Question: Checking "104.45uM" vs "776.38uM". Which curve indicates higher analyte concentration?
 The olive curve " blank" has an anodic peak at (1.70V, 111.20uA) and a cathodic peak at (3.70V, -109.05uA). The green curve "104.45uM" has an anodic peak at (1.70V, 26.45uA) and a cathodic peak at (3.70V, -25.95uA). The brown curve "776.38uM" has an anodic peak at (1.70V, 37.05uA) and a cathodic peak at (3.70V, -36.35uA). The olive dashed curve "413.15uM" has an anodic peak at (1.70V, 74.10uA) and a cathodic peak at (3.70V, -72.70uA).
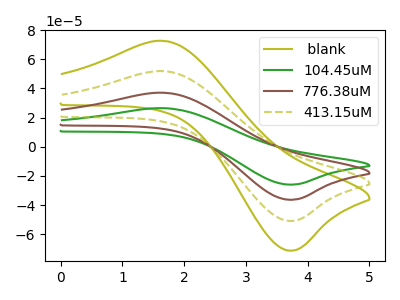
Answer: <think>All the peaks in "104.45uM" have a peak in "776.38uM" at the same potential. Every peak in "104.45uM" is lower than every peak in "776.38uM".
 </think>
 <answer>"104.45uM" has less signal than "776.38uM" and so likely has a lower concentration.</answer>
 <eval>less_concentration</eval>